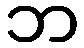
ဘ